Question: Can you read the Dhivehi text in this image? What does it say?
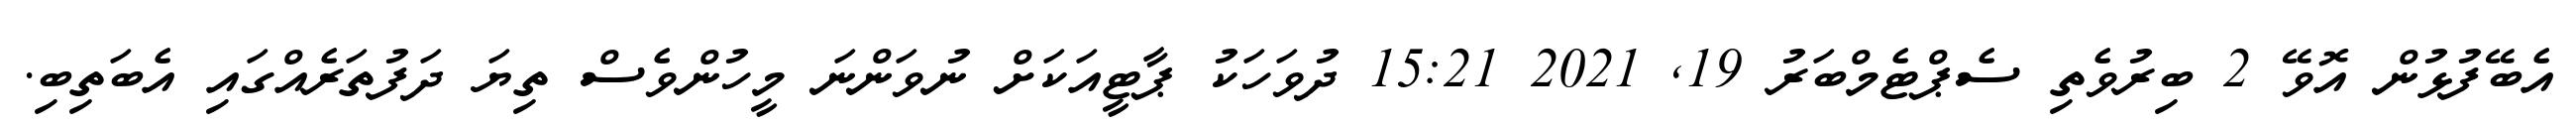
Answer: އެބޭފުޅުން އޮވޭ 2 ބިރުވެތި ސެޕްޓެމްބަރު 19, 2021 15:21 ދުވަހަކު ޕާޓީއަކަށް ނުވަންނަ މީހުންވެސް ތިޔަ ދަފުތަރެއްގައި އެބަތިބި.